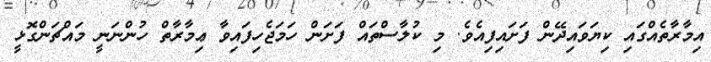
އިމާރާތެއްގައި ކިޔަވައިދޭން ފަށައިފިއެވެ. މި ކުލާސްތައް ފަށަން ހަމަޖެހިފައިވާ ޢިމާރާތް ހުންނަނީ މައްޗަންގޮޅީ